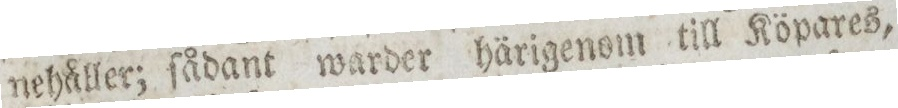
nehåller; ſådant warder härigenom till Köpares,